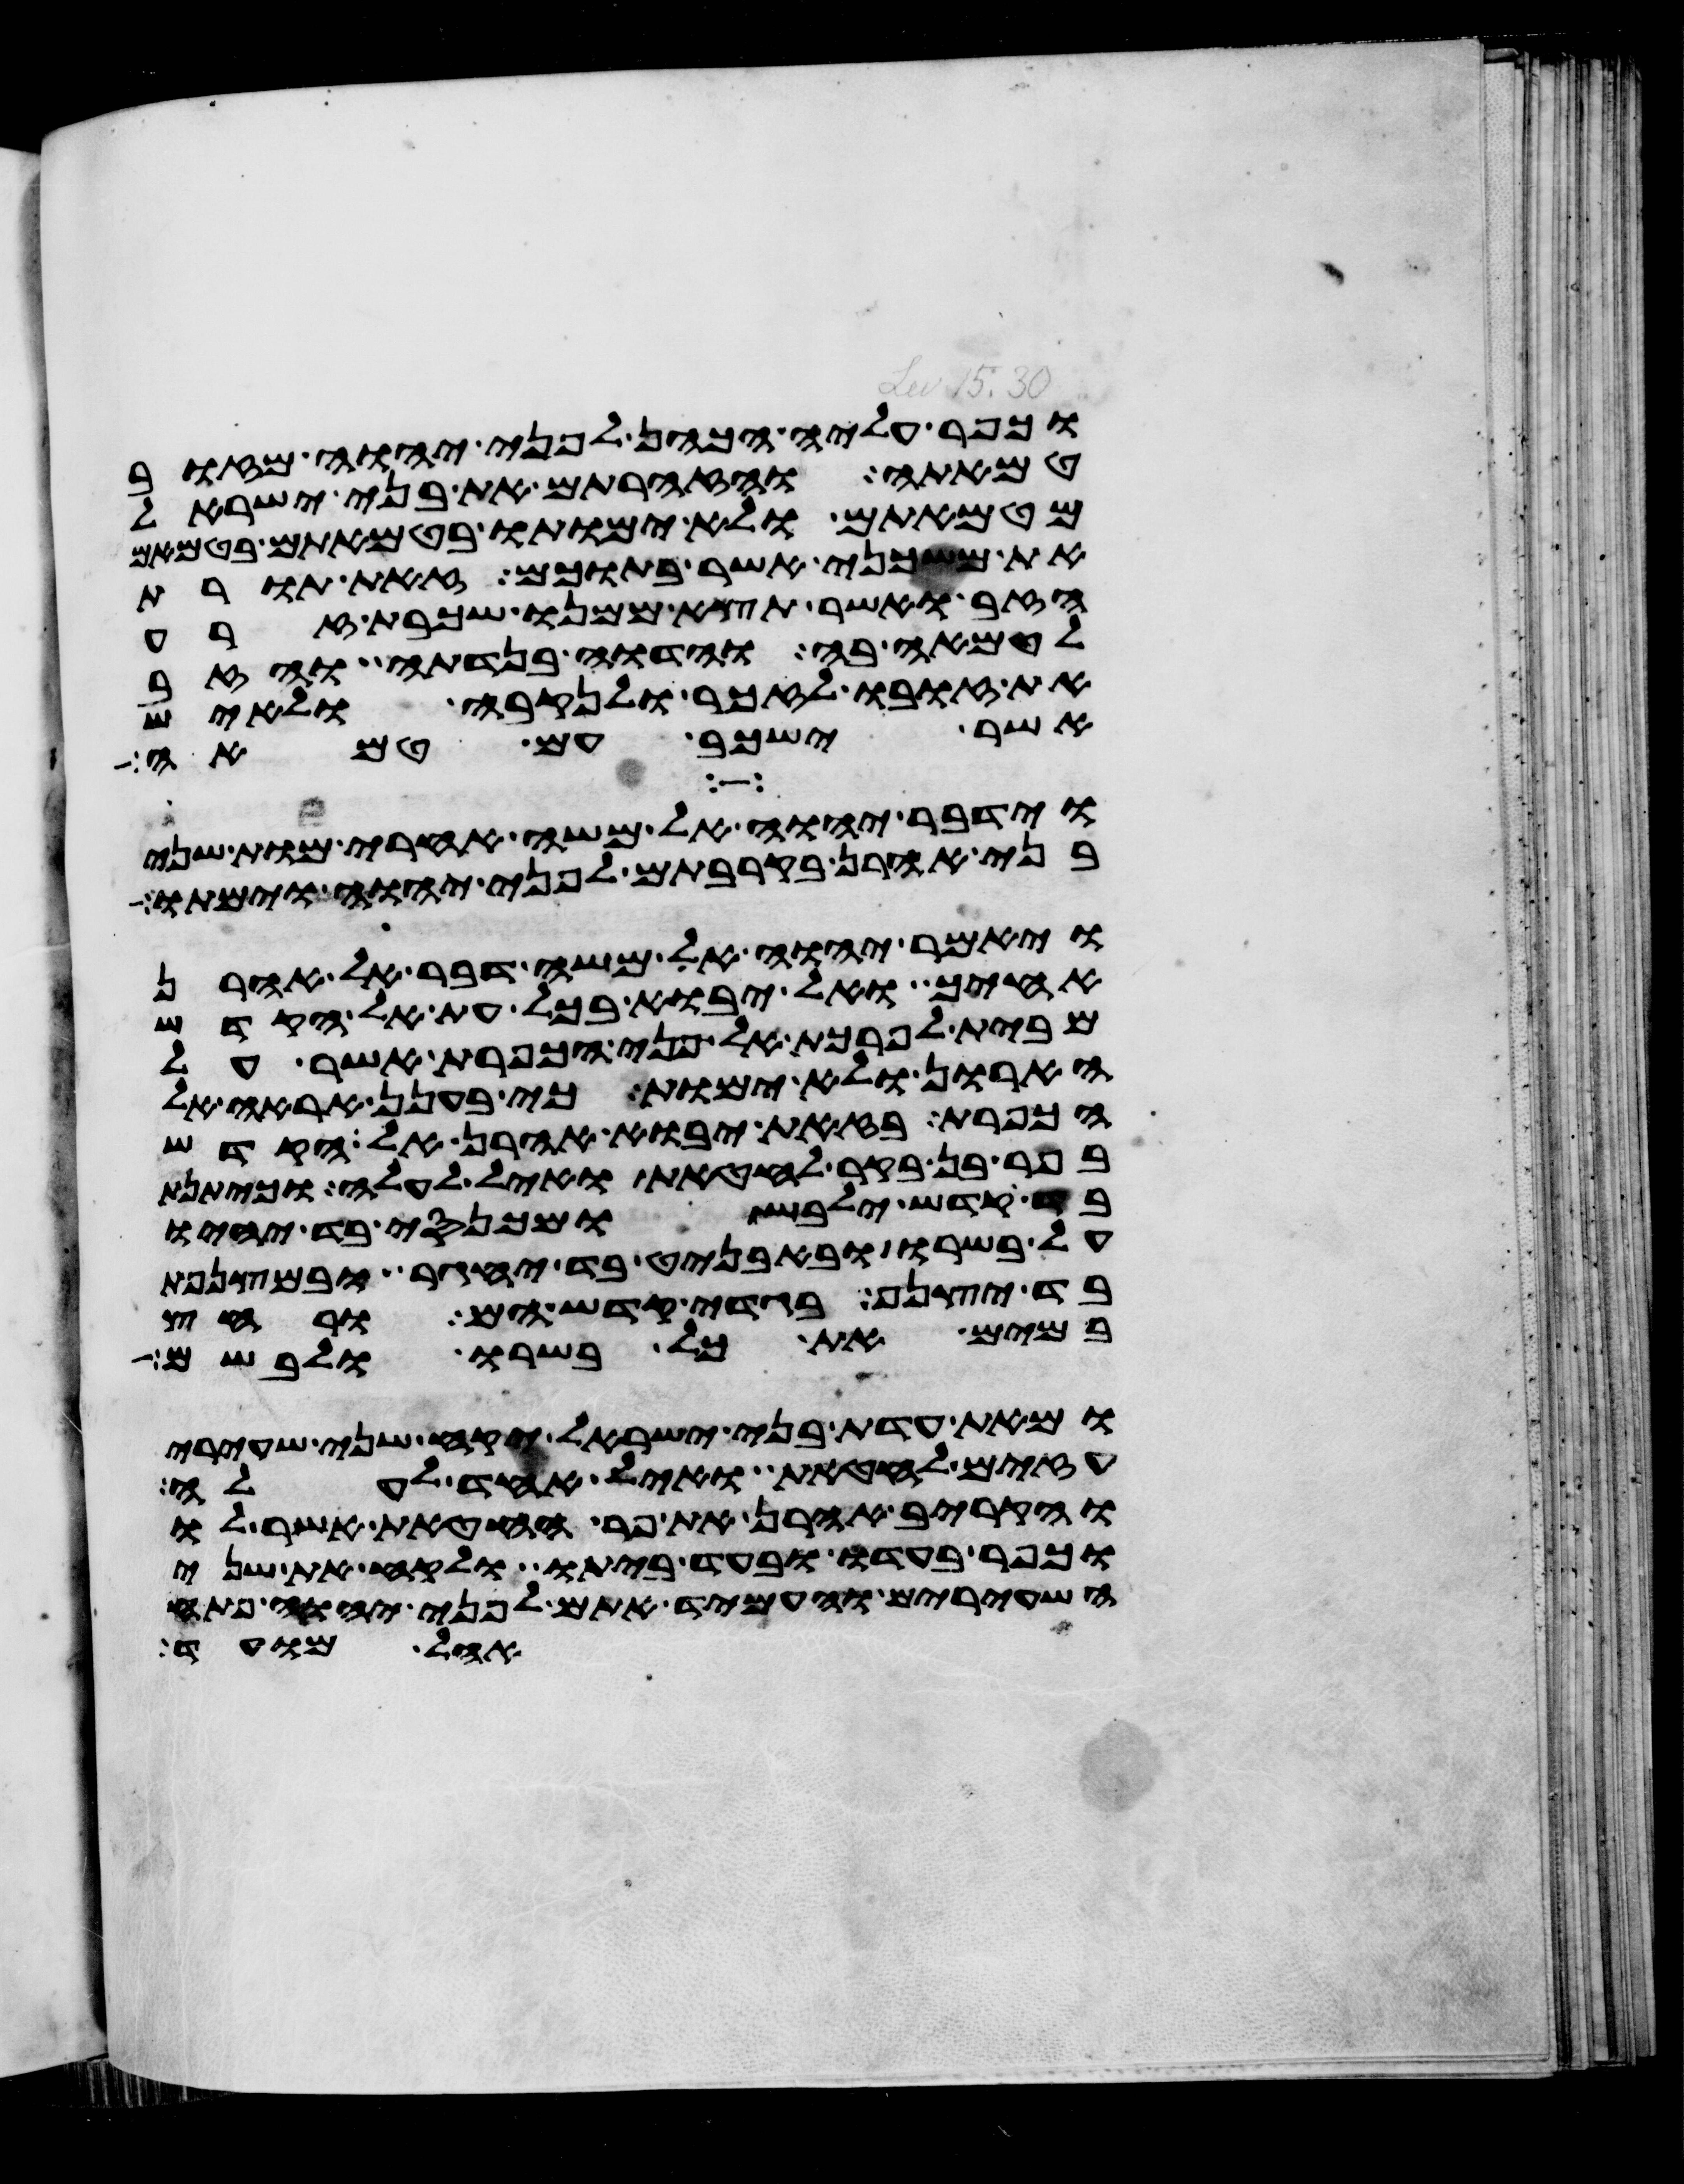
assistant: וכפר עליה הכהן לפני יהוה מזוב
טמאתה והזהרתם את בני ישראל
מטמאתם ולא ימותו בטמאתם בטמאם
את משכני אשר בתוכם זאת תורת
הזב ואשר תצא ממנו שכבת זרע
לטמאה בה והדוה בנדתה והזב
את זובו לזכר ולנקבה ולאיש
אשר ישכב עם טמאה
וידבר יהוה אל משה אחרי מות שני
בני אהרן בקרבתם לפני יהוה וימתו
ויאמר יהוה אל משה דבר אל אהרן
אחיך ואל יבוא בכל עת אל הקדש
מבית לפרכת אל פני הכפרת אשר על
הארון ולא ימות כי בענן אראה אל
הכפרת בזאת יבוא אהרן אל הקדש
בפר בן בקר לחטאת ואיל לעלה וכיתנת
בד קדש ילבש ומכנסי בד יהיו
על בשרו ובאבניט בד יחגר ובמצנפת
בד יצנף בגדי קדש הם ורחץ
במים את כל בשרו ולבשם
ומאת עדת בני ישראל יקח שני שעירי
עזים לחטאת ואיל אחד לעלה
והקריב אהרן את פר החטאת אשר לו
וכפר בעדו ובעד ביתו ולקח את שני
השעירים והעמיד אתם לפני יהוה פתח
אהל מועד